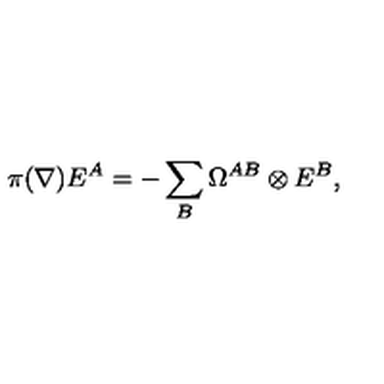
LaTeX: \pi ( \nabla ) E ^ { A } = - \sum _ { B } \Omega ^ { A B } \otimes E ^ { B } ,